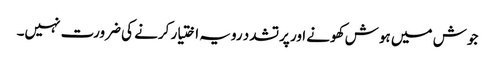
جوش میں ہوش کھونے اور پرتشدد رویہ اختیار کرنے کی ضرورت نہیں۔